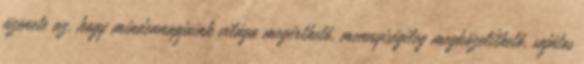
üzenete az, hogy mindennapjaink világa megérthető, mennyiségileg megközelíthető, sajátos